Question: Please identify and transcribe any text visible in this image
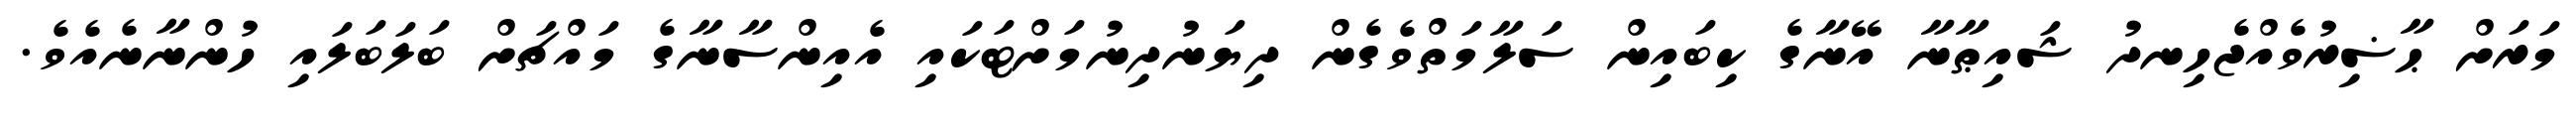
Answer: މަރަށް ޙާޟިރުވެއްޖެހިނދު ޝައިޠާނާ އޭނާގެ ކިބައިން ސަލާމަތްވެގެން ދިޔަނުދިނުމަށްޓަކައި އެއިންސާނާގެ މައްޗަށް ބަލަބަލައި ހުންނާނެއެވެ.